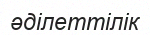
әділеттілік